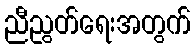
ညီညွတ်ရေးအတွက်